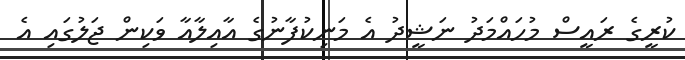
ކުރީގެ ރައީސް މުހައްމަދު ނަޝީދު އެ މަނިކުފާނުގެ އާއިލާއާ ވަކިން ޖަލުގައި އެ